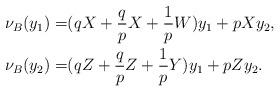
LaTeX: \begin{align*}\nu_{B}(y_1)=&(qX+\frac{q}{p}X+\frac{1}{p}W)y_1+ pXy_2,\\\nu_{B}(y_2)=&(qZ+\frac{q}{p}Z+\frac{1}{p}Y)y_1+ pZy_2.\end{align*}